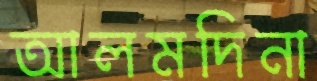
আলমদিনা